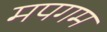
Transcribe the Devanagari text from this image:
मपगम